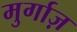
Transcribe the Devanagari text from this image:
मुर्गाज़